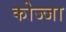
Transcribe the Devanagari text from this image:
कोज्जा